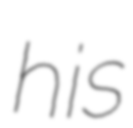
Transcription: his